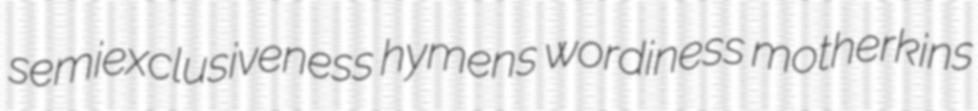
semiexclusiveness hymens wordiness motherkins